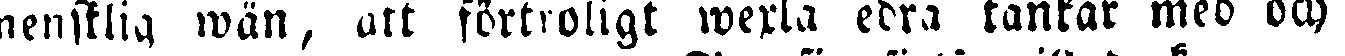
nenstlig wän, att förtroligt wexla edra tankar med och